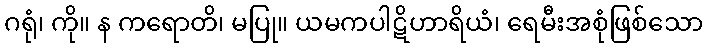
ဂရုံ၊ ကို။ န ကရောတိ၊ မပြု။ ယမကပါဋိဟာရိယံ၊ ရေမီးအစုံဖြစ်သော